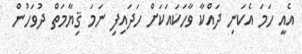
އެއީ ހަމަ އެކަނި ދައްކާ ވާހަކައަކަށް ހަދައިފި ނަމަ ޤިޔާމަތް ދުވަހުން